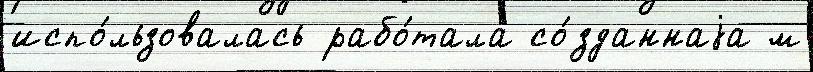
испо́льзовалась рабо́тала со́зданнаjа м